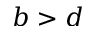
b > d